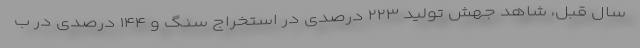
سال قبل، شاهد جهش تولید ۲۲۳ درصدی در استخراج سنگ و ۱۴۴ درصدی در ب